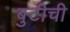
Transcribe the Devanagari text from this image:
बुटीची